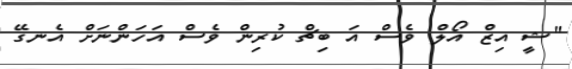
"ޝީ އިޒް އޯލް ވެސް އަ ބިޗް ކުރިން ވެސް އަހަންނަށް އެނގޭ